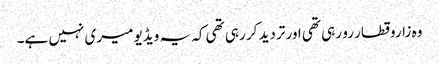
وہ زاروقطار رو رہی تھی اور تردید کر رہی تھی کہ یہ ویڈیو میری نہیں ہے۔